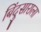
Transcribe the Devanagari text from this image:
बिंदुसाराला